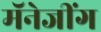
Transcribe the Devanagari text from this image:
मॅनेजींग